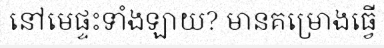
នៅមេផ្ទះទាំងឡាយ? មានគម្រោងធ្វើ